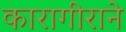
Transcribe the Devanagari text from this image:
कारागीराने